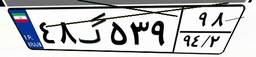
۰۴گ۲۸۲۵۴